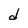
Character: d